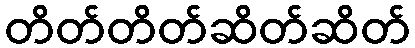
တိတ်တိတ်ဆိတ်ဆိတ်